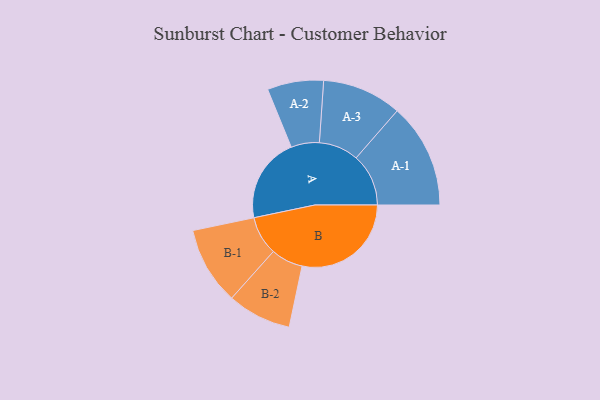
{"axis": {"x": "Segment", "y": "Value"}, "legend": ["", "A", "B"], "data": [{"x": "A", "y": 330, "type": ""}, {"x": "B", "y": 423, "type": ""}, {"x": "A-1", "y": 203, "type": "A"}, {"x": "A-2", "y": 109, "type": "A"}, {"x": "A-3", "y": 154, "type": "A"}, {"x": "B-1", "y": 151, "type": "B"}, {"x": "B-2", "y": 124, "type": "B"}]}